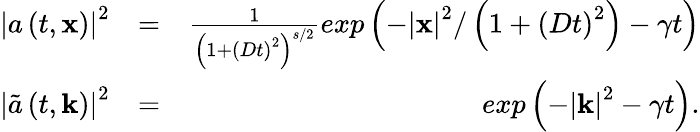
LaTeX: \begin{array}{rlr}{\left|a\left(t,\mathbf{x}\right)\right|^{2}}&{=}&{\frac{1}{\left(1+\left(Dt\right)^{2}\right)^{s/2}}exp\left(-\left|\mathbf{x}\right|^{2}/\left(1+\left(Dt\right)^{2}\right)-\gamma t\right)}\\ {\left|\tilde{a}\left(t,\mathbf{k}\right)\right|^{2}}&{=}&{exp\left(-\left|\mathbf{k}\right|^{2}-\gamma t\right).}\end{array}